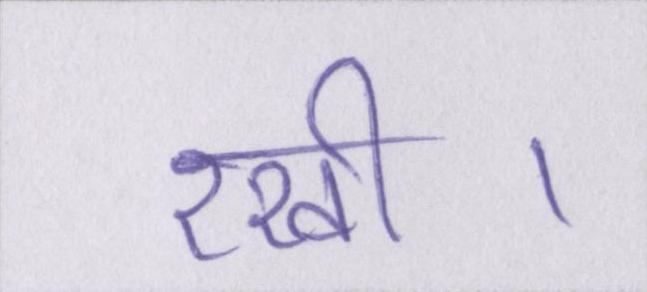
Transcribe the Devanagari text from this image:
रखी।